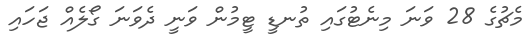
މެޗުގެ 28 ވަނަ މިނެޓުގައި ތުނޑީ ޓީމުން ވަނީ ދެވަނަ ގޯލެއް ޖަހައި